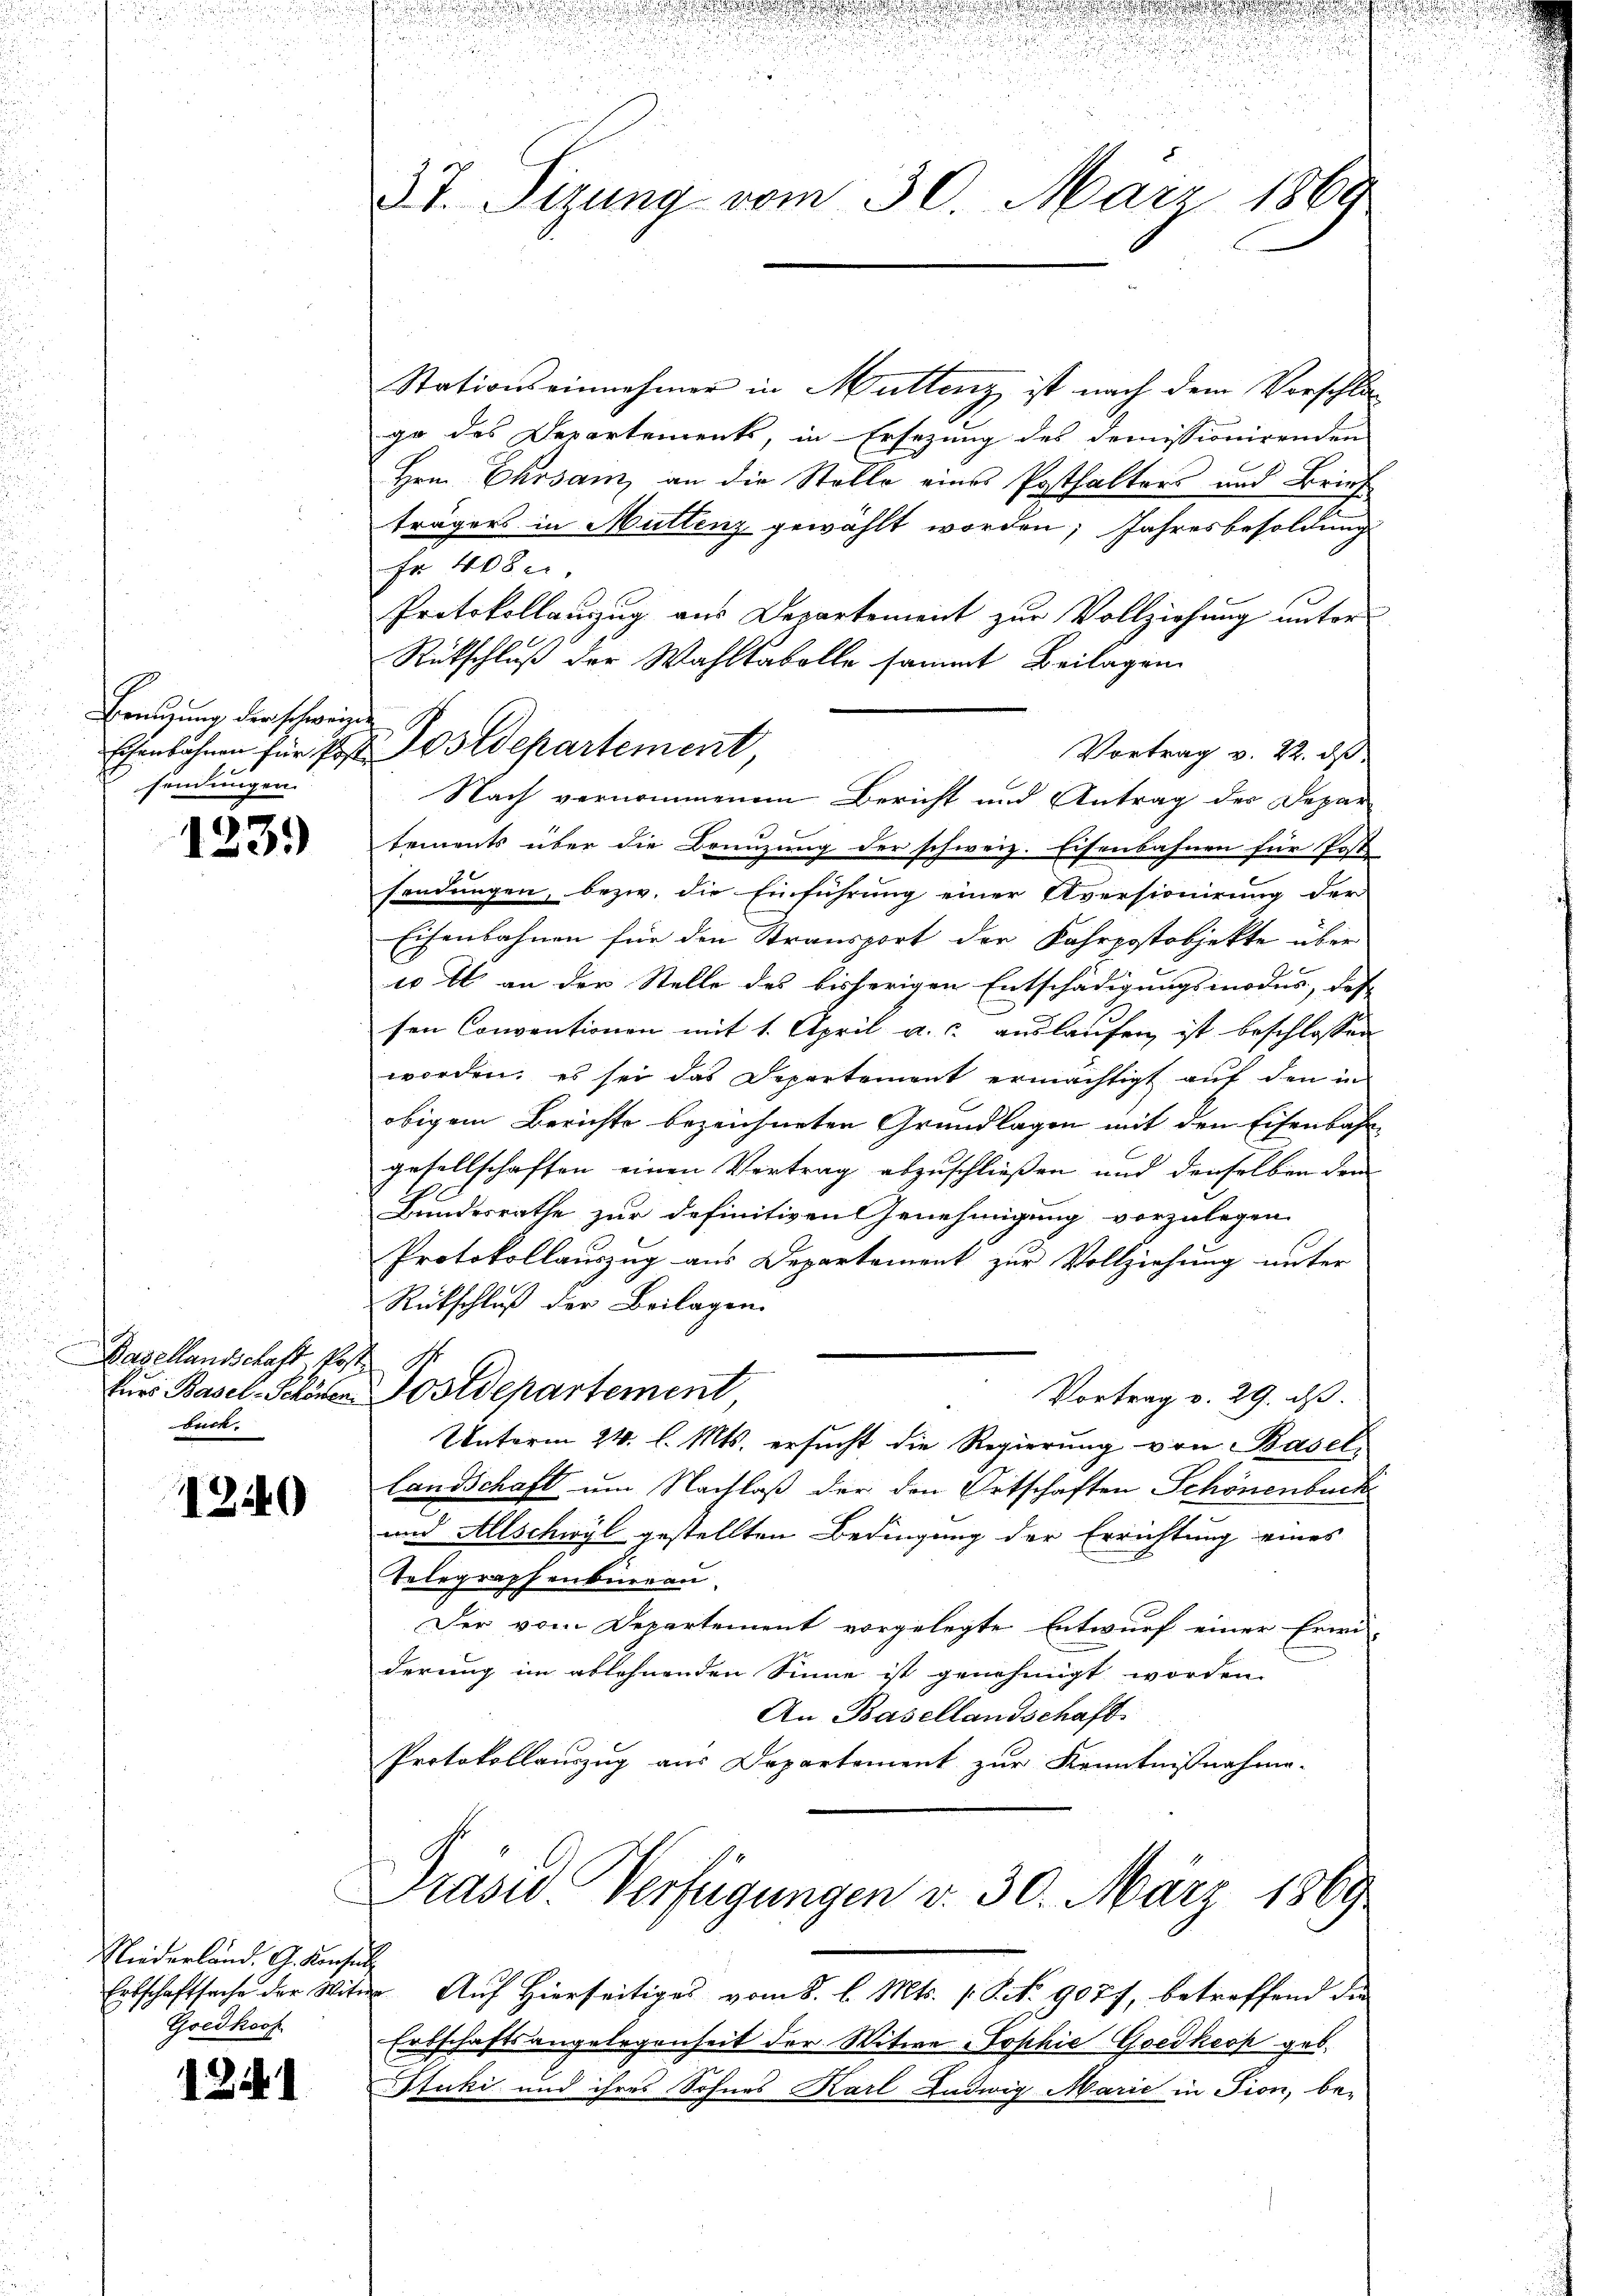
Ereigung der schweige
sendungen.

1239)

Dasellandschaft kos
buch.

1240

Niederland. G. Konsul
Entschaftsache der Witw
Goedkoof

1241

d
37. Sizung vom 30. März 1860

Ehenbahnen für Post es Departement

Stationseinnehmer in Muttenz ist nach dem Vorschla-
ge des Departements, in Ersezung des demissionirenden
Hrn. Ehrsam, an die Stelle eines Posthalters und Brief
trägers in Muttenz gewählt worden; Jahresbesoldung
Fr 408.
Protokollanzug aus Departement zur Vollziehung unter
Rückschluß der Wahltabelle sammt Beilagen
tements über die Bonnzung der schweiz. Eisenbahnen für Post
sendungen, bezw. die Einführung einer Aversionirung der
Eisenbahnen für den Stransport der Fahrpostobjekte über
w 4 an der Stelle des bisherigen Entschädigungsmodus, des
sen Conventionen mit 1. April a. c. auslaufen ist beschlossen
worden; es sei das Departement ermächtigt auf den in
obigem Berichte bezeichneten Grundlagen mit den Eisenbahn
gesellschaften einen Vertrag abzuschließen und denselben dem
Bundesrathe zur definitiven Genehmigung vorzulegen.
Protokollauszug aus Departement zur Vollziehung unter
Rückschluß der Beilagen.
¬
Eurs Basel-Schönen Postdepartement
Vortrag v. 29. ds.
Unterm 24. l. Mts. ersucht die Regierung von Basel-
Landschaft um Nachlaß der den Ortschaften Schönenbuch
und Allschwyl gestellten Bedingung der Errichtung eines
Telegraphenbureau
Der vom Departement vorgelegte Entwurf einer Erwi-
derung im ablehnenden Sinne ist genehmigt worden.
An Basellandschaft.
Protokollauszug aus Departement zur Kenntnißnahme.

Nach vernommenem Bericht und Antrag des Depar

Vortrag v. 22. ds.

Präsid Verfügungen v. 30. März 1869

Auf Hierseitiges vom 8. l. Mts. S. Nr. 9077, betreffend die
Erbschaftsangelegenheit der Witwe Sophie Goedkeck geb.
Stuki und ihres Sohnes Karl Ludwig Marie in Fion, be-